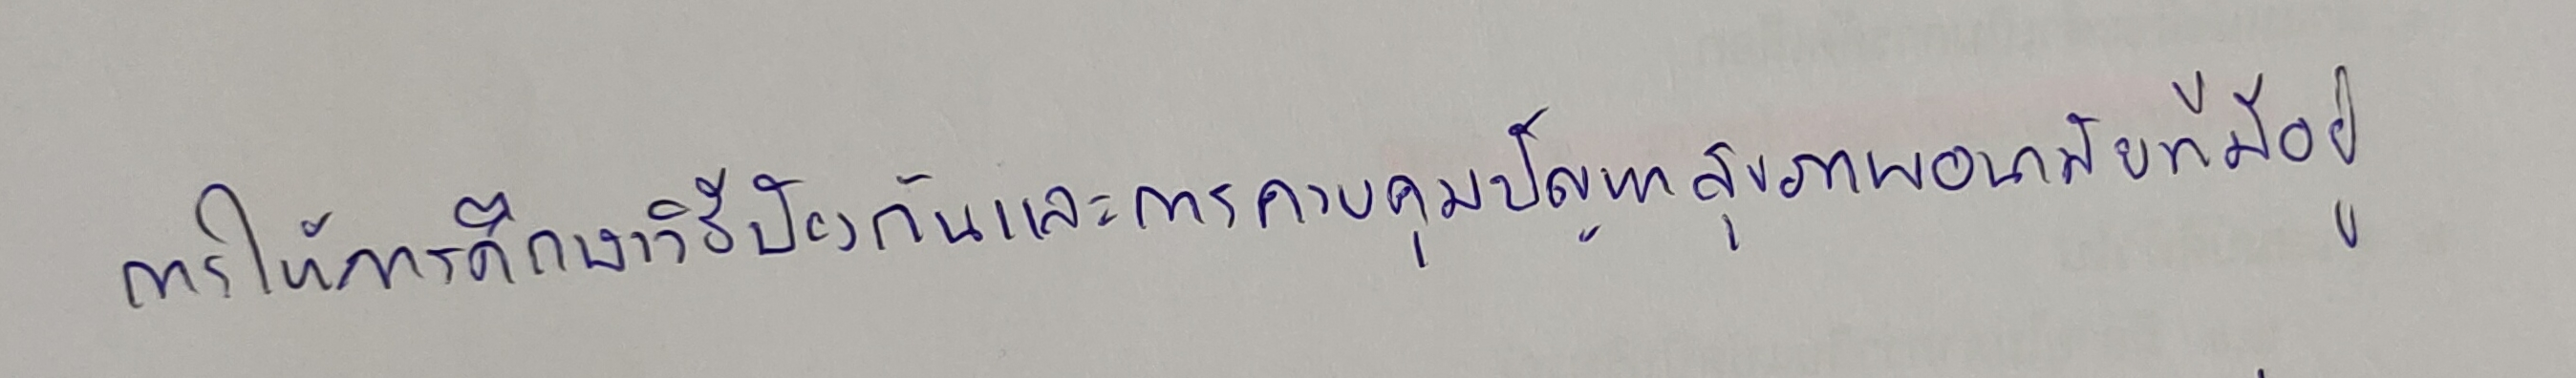
การให้การศึกษาวิธีป้องกันและการควบคุมปัญหาสุขภาพอนามัยที่มีอยู่